Medical and sanitary report of the native army of Bengal for the year
Year: 1876
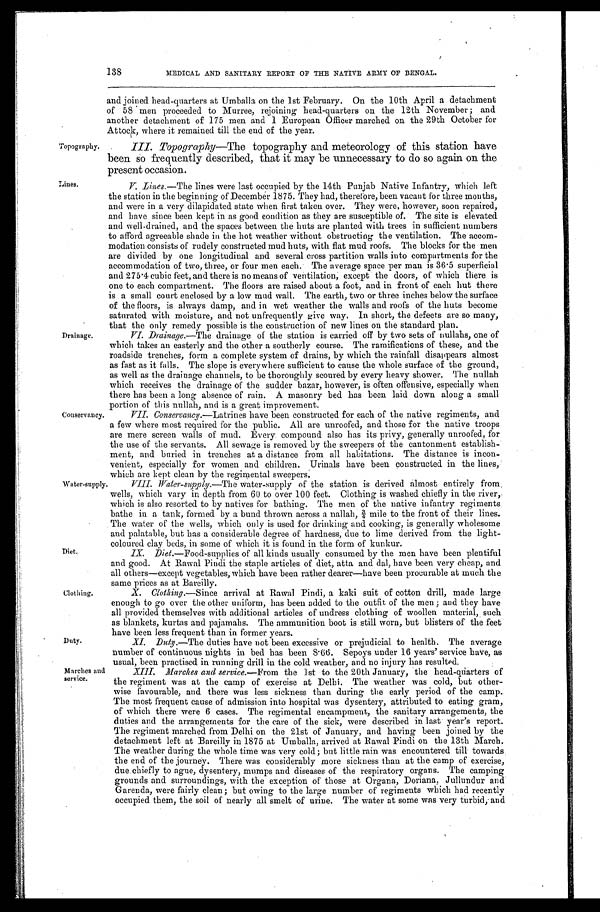
138
MEDICAL AND SANITARY REPORT OF THE NATIVE ARMY OF BENGAL.
and joined head-quarters at Umballa on the 1st February. On the 10th April a detachment
of 58 men proceeded to Murree, rejoining head-quarters on the 12th November ; and
another detachment of 175 men and 1 European Officer marched on the 29th October for
A t t o c k , w h e r e i t r e m a i n e d t i l l t h e e n d o f t h e y e a r .
Topography. III. Topography—The topography and meteorology of this station have
been so frequently described, that it may be unnecessary to do so again on the
present occasion.
Lines. Tl Lines.—The lines were last occupied by the 14th Punjab Native Infantry, which left
the station in the beginning of December 1875. They had, therefore, been vacant for three months,
and were in a very dilapidated state when first taken over. They were, however, soon repaired,
and have since been kept in as good condition as they are susceptible of. The site is elevated
and well-drained, and the spaces between the huts are planted with trees in sufficient numbers
to afford agreeable shade in the hot weather without obstructing the ventilation. The accom-
modation consists of rudely constructed mud huts, with flat mud roofs. The blocks for the men
are divided by one longitudinal and several cross partition walls into compartments for the
accommodation of two, three, or four men each. The average space per man is 36 . 5 superficial
and 275 .4 cubic feet, and there is no means of ventilation; except the doors, of which there is
one to each compartment. The floors are raised about a foot, and in front of each hut there
is a small court enclosed by a low mud wall. The earth, two or three inches below the surface
of the floors, is always damp, and in wet weather the walls and roofs of the huts become
saturated with moisture, and not unfrequently give way. In short, the defects are so many,
that the only remedy possible is the construction of new lines on the standard plan.
Drainage. VI. Drainage.—The drainage of the station is carried off by two sets of nullahs, one of
which takes an easterly and the other a southerly course. The ramifications of these, and the
roadside trenches, form a complete system of drains, by which the rainfall disappears almost
as fast as it falls. The slope is everywhere sufficient to cause the whole surface of the ground,
as well as the drainage channels, to be thoroughly scoured by every heavy shower. The nullah
which receives the drainage of the sudder bazar, however, is often offensive, especially when
there has been a long absence of rain. A masonry bed has been laid down along a small
portion of this nullah, and is a great improvement.
Conservancy. VII. Conservancy.—Latrines have been constructed for each of the native regiments, and
a few where most required for the public. All are unroofed, and those for the native troops
are mere screen walls of mud. Every compound also has its privy, generally unroofed, for
the use of the servants. All sewage is removed by the sweepers of the cantonment establish-
meat, and buried in trenches at a distance from all habitations. The distance is incon-
venient, especially for women and children. Urinals have been constructed in the lines;
which are kept clean by the regimental sweepers.
Water-supply. VIII. Water-supply.—The water-supply of the station is derived almost entirely from
wells, which vary in depth from 60 to over 100 feet. Clothing is washed chiefly in the river,-
which is also resorted to by natives for bathing. The men of the native infantry regiments
bathe in a tank, formed by a bund thrown across a nallah, ¾ mile to the front of their lines.
•
. The water of the wells, which only is used for drinking and cooking, is generally wholesome
and palatable, but has a considerable degree of hardness, due to lime derived from the light-
coloured clay beds, in some of which it is found in the form of kunkur.
Diet. IX. Diet.—Food-supplies of all kinds usually consumed by the men have been plentiful
and good. At Rawal Pindi the staple articles of diet, atta and dal, have been very cheap, and
all others—except vegetables, which have been rather dearer—have been procurable at much the
same prices as at Bareilly.
Clothing. X. Clothing.—Since arrival at Rawal Pindi, a kaki suit of cotton drill, made large
enough to go over the other uniform, has been added to the outfit of the men ; and they have
all provided themselves with additional articles of undress clothing of woollen material, such
as blankets, kurtas and pajamahs. The ammunition boot is still worn, but blisters of the feet
have been less frequent than in former years.
Duty.
XI. Duty.—The duties have not been excessive or prejudicial to health. The average
number of continuous nights in bed has been 8 . 66. Sepoys under 16 years' service have, as
usual, been practised in running drill in the cold weather, and no injury has resulted.
Marches and
XIII. Marches and service.—From the 1st to the 20th January, - the head-quarters of
service. the regiment was at the camp of exercise at Delhi. The weather was cold, but other-
wise favourable, and there was less sickness than during the early period of the camp.
The most frequent cause of admission into hospital was dysentery, attributed to eating gram,
of which there were 6 cases. The regimental encampment, the sanitary arrangements, the
duties and the arrangements for the care of the sick, were described in last year's report.
The regiment marched from Delhi on the 21st of January, and having been joined by the
detachment left at Bareilly in 1875 at Umballa, arrived at Rawal Pindi on the 13th March.
The weather during the whole time was very cold; but little rain was encountered till towards,
the end of the journey. There was considerably more sickness than at the camp of exercise,
due chiefly to ague, dysentery, mumps and diseases of the respiratory organs. The camping
grounds and surroundings, with the exception of those at Organa, Doriana, Jullundur and
Garenda, were fairly clean; but owing to the large number of regiments which had recently
occupied them, the soil of nearly all smelt of urine. The water at some was very turbid, and
•